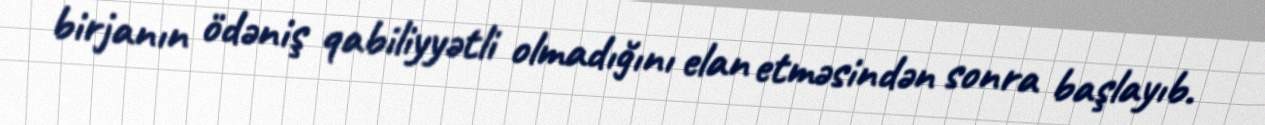
birjanın ödəniş qabiliyyətli olmadığını elan etməsindən sonra başlayıb.